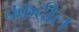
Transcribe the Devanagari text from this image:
चकदील